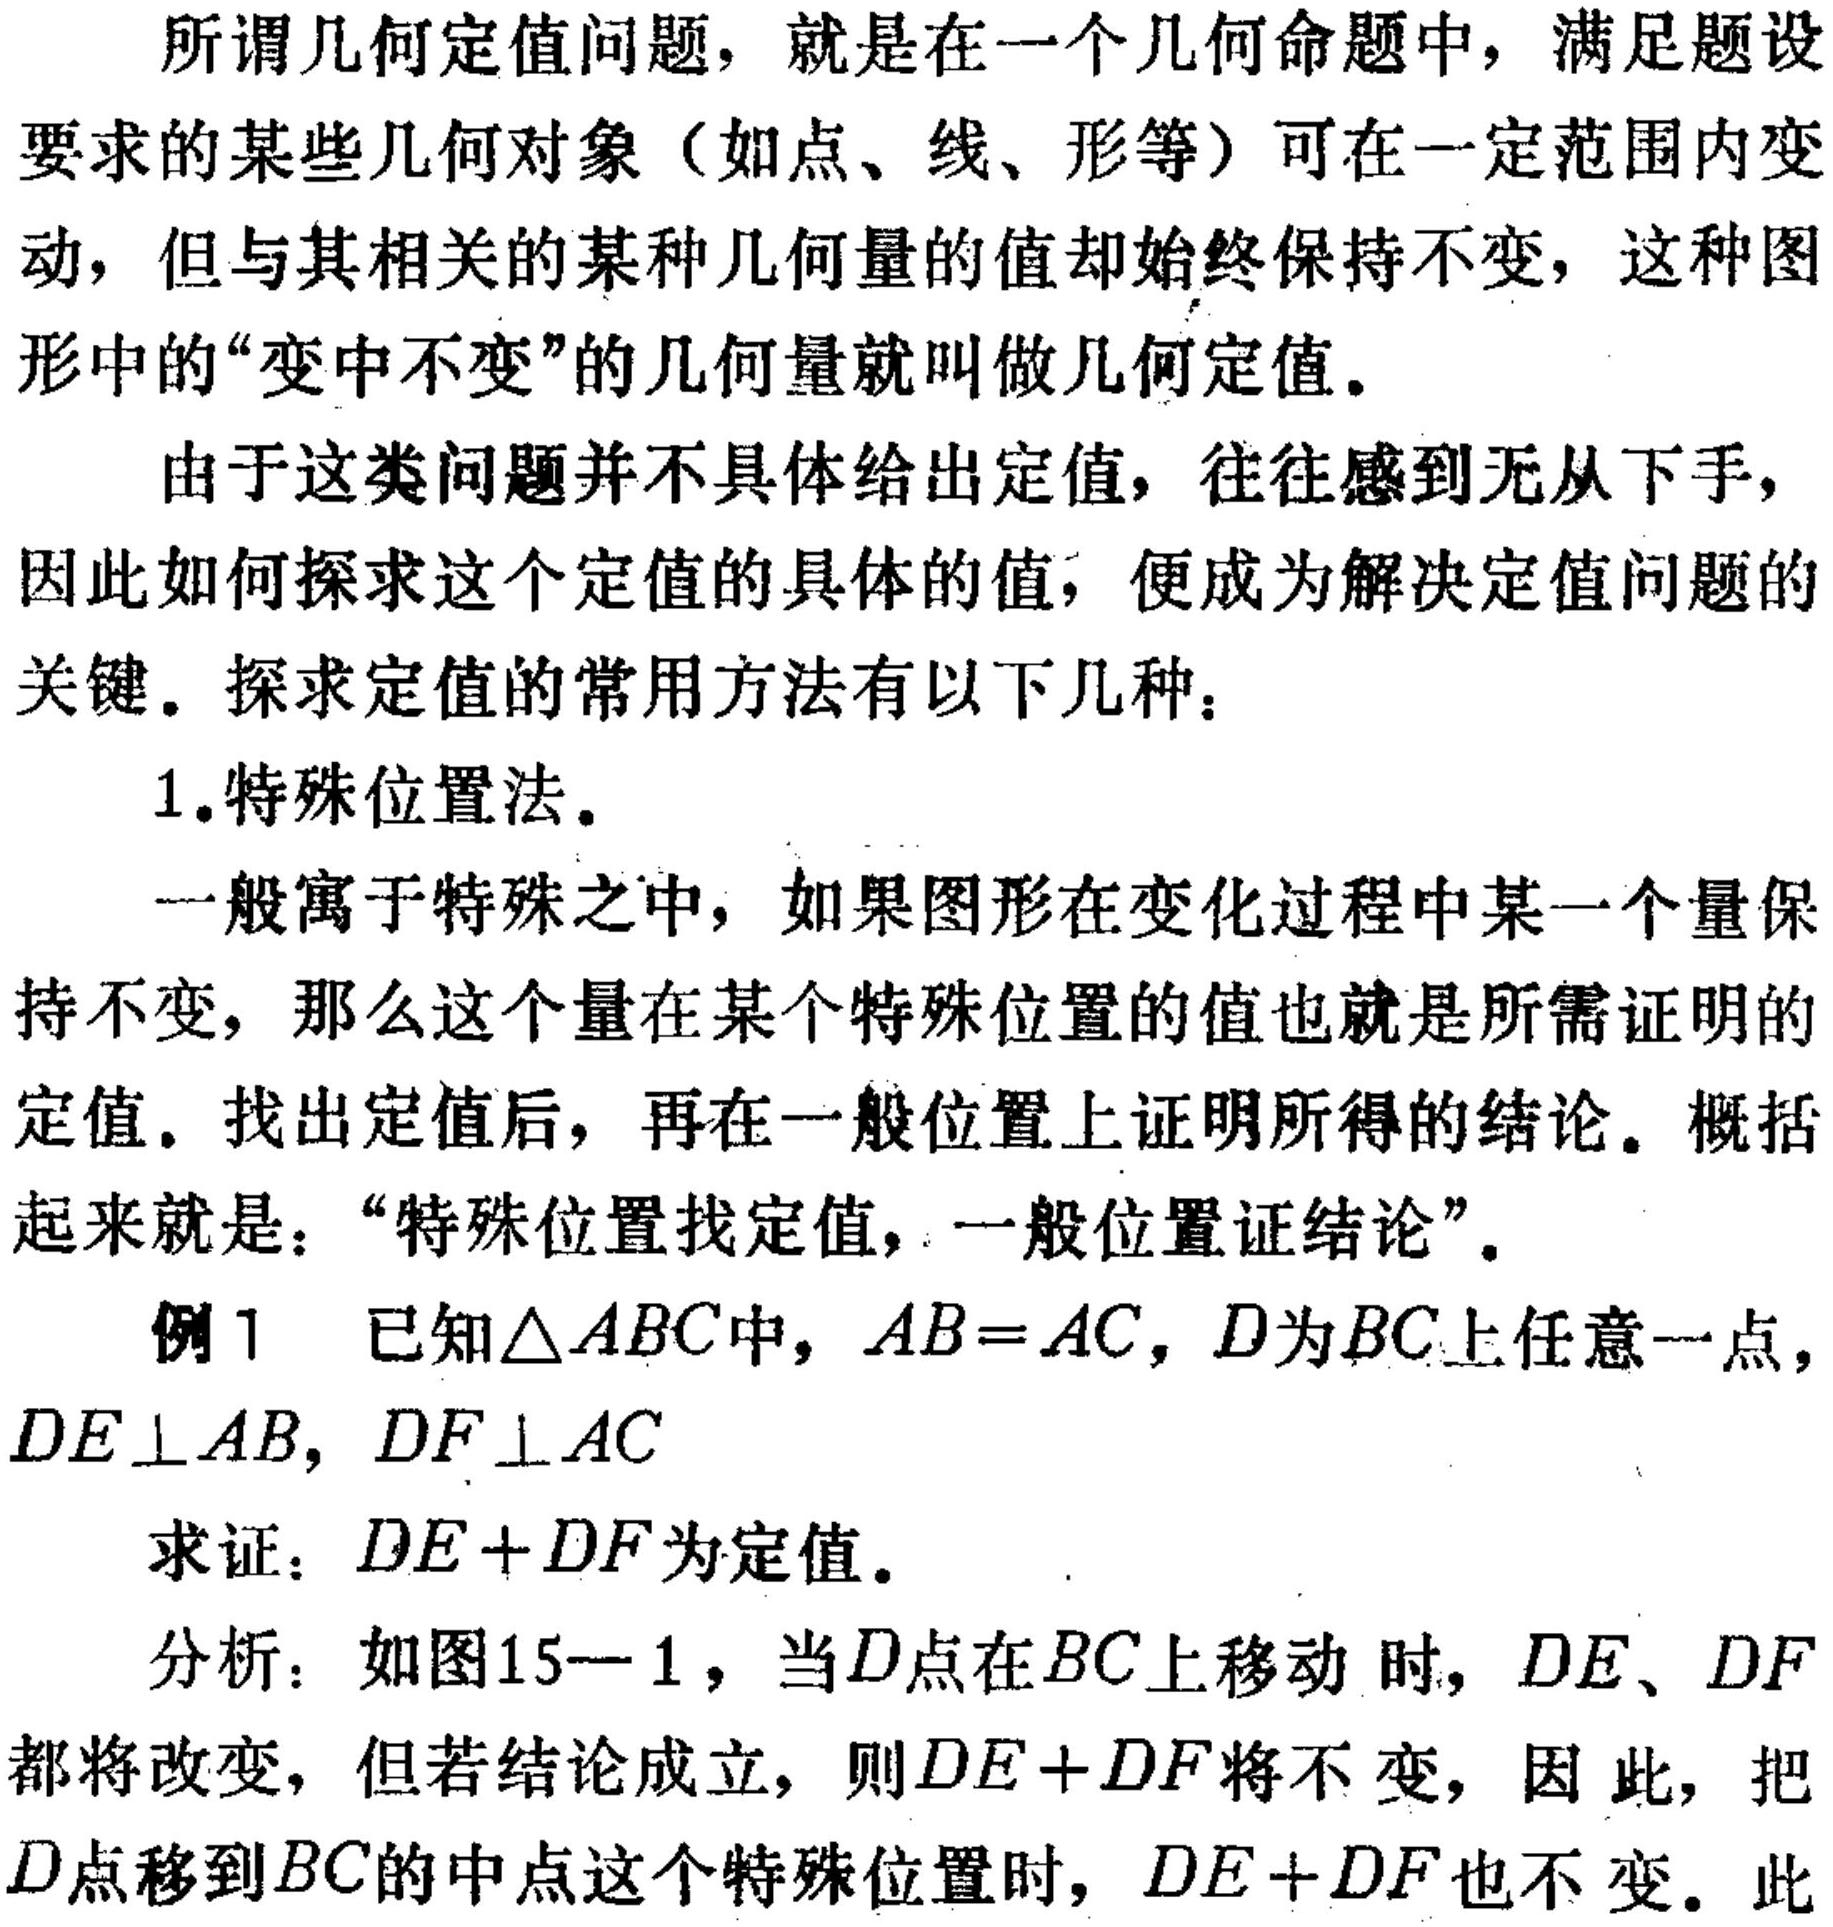
所谓几何定值问题，就是在一个几何命题中，满足题设
要求的某些几何对象（如点、线、形等）可在一定范围内变
动，但与其相关的某种几何量的值却始终保持不变，这种图
形中的“变中不变”的几何量就叫做几何定值。
由于这类问题并不具体给出定值，往往感到无从下手，
因此如何探求这个定值的具体的值，便成为解决定值问题的
关键。探求定值的常用方法有以下几种：
1.特殊位置法。
一般寓于特殊之中，如果图形在变化过程中某一个量保
持不变，那么这个量在某个特殊位置的值也就是所需证明的
定值。找出定值后，再在一般位置上证明所得的结论。概括
起来就是：“特殊位置找定值，一般位置证结论”。
例1 已知\(\triangle ABC\)中，\(AB = AC\)，\(D\)为\(BC\)上任意一点，
\(DE\perp AB\)，\(DF\perp AC\)
求证：\(DE + DF\)为定值。
分析：如图15—1，当\(D\)点在\(BC\)上移动 时，\(DE\)、\(DF\)
都将改变，但若结论成立，则\(DE + DF\)将不变，因 此，把
\(D\)点移到\(BC\)的中点这个特殊位置时，\(DE + DF\)也不变。此